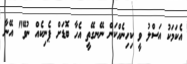
އެކަމަކު އަސްލު ވީ ކިހިނެއްކަން ނޭނގޭތީ އެހާ ބޮޑަށް ޕެނިކެއް ނުވޭ" އޭނާ